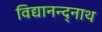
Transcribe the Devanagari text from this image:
विद्यानन्द्नाथ